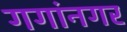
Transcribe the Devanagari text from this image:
गगांनगर